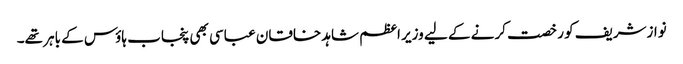
نوازشریف کو رخصت کرنے کے لیے وزیر اعظم شاہد خاقان عباسی بھی پنجاب ہاؤس کے باہر تھے۔